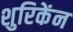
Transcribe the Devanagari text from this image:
शुरिकेंन